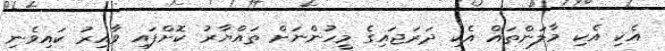
އެކި އެކި މާލަންތައް އެކި ދަރަޖައިގެ މީހުންނަށް ތައްޔާރު ކޮށްފައި ވާއިރު ކައިވެނި